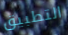
التطبيق